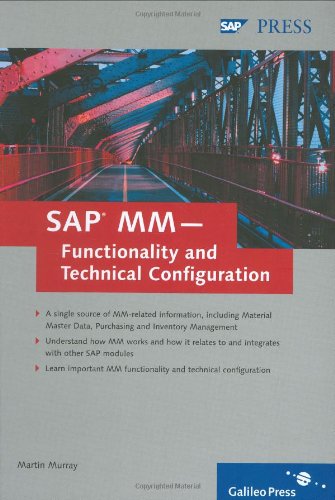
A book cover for SAP MM  -  Functionality and Technical Configuration: Extend your SAP MM skills with this functionality and configuration guide; Martin Murray; Computers & Technology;